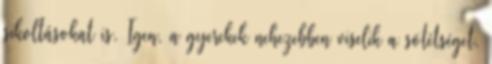
sikoltásokat is. Igen, a gyerekek nehezebben viselik a sötétséget,